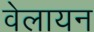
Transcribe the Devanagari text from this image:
वेलायन